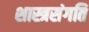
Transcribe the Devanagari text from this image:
शास्त्रसंगति